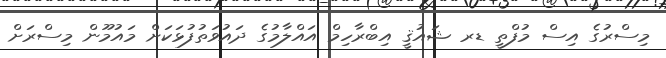
މިސްރުގެ އިސް މުފްތީ ޑރ ޝައުޤީ އިބްރާހިމް އައްލާމުގެ ދައުވަތުފުޅަކަށް މައުމޫން މިސްރަށް